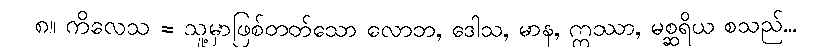
၈။ ကိလေသ = သူ့မှာဖြစ်တတ်သော လောဘ, ဒေါသ, မာန, ဣဿာ, မစ္ဆရိယ စသည်...